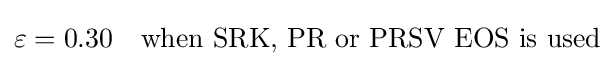
\varepsilon =0.30\quad {\text{when SRK, PR or PRSV EOS is used}}